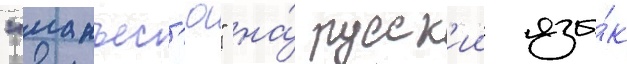
"манъес'ю" на́ русск'ии язы́к